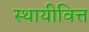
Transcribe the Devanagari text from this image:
स्थायीवित्त